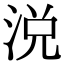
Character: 涚